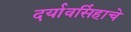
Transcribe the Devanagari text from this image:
दर्यावसिंहाचे